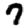
Digit: 7